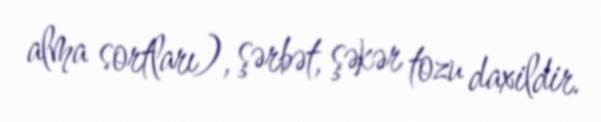
alma sortları), şərbət, şəkər tozu daxildir.